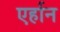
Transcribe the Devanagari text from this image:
एर्हान